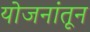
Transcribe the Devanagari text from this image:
योजनांतून